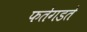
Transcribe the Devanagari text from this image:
फतेगडते